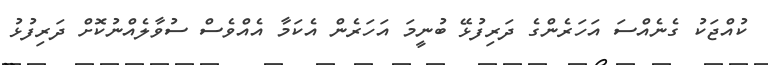
ކުއްޖަކު ގެނެއްސަ އަހަރެންގެ ދަރިފުޅޭ ބުނީމަ އަހަރެން އެކަމާ އެއްވެސް ސުވާލެއްނުކޮށް ދަރިފުޅު